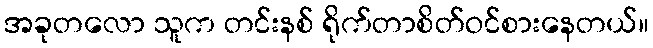
အခုတလော သူက တင်းနစ် ရိုက်တာစိတ်ဝင်စားနေတယ်။